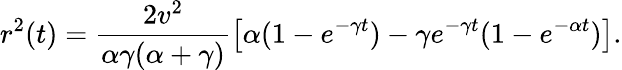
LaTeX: r^{2}(t)=\frac{2v^{2}}{\alpha\gamma(\alpha+\gamma)}\left[\alpha(1-e^{-\gamma t})-\gamma e^{-\gamma t}(1-e^{-\alpha t})\right].